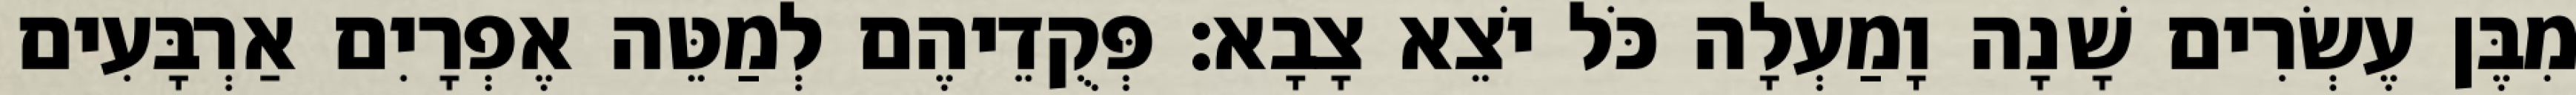
מִבֶּן עֶשְׂרִים שָׁנָה וָמַעְלָה כֹּל יֹצֵא צָבָא׃ פְּקֻדֵיהֶם לְמַטֵּה אֶפְרָיִם אַרְבָּעִים